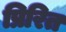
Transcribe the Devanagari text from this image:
प्रिरित